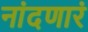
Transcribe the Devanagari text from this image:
नांदणारं